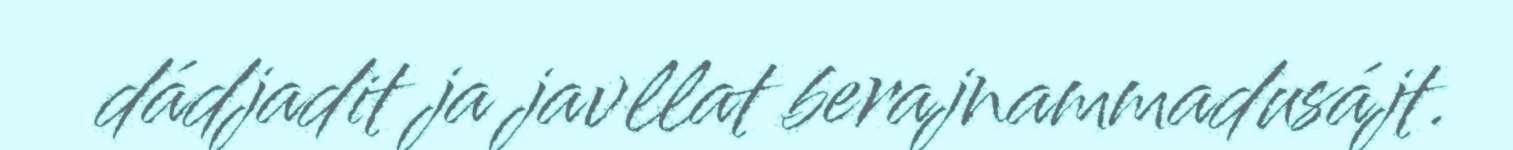
dádjadit ja javllat berajnammadusájt.